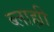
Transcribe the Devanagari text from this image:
ब्लाह्यी